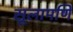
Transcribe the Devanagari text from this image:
सूलामणि